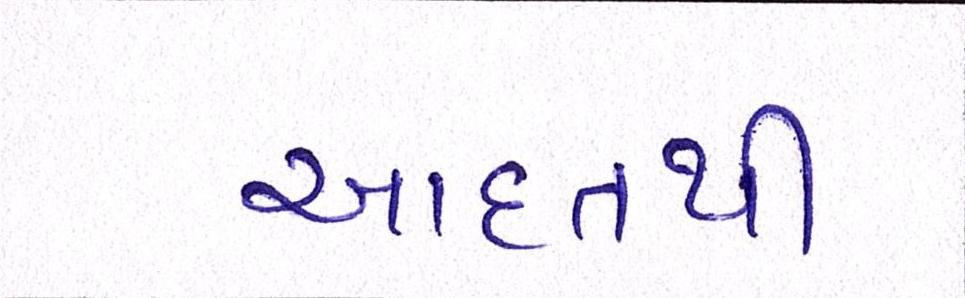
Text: આદતથી